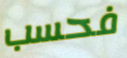
فحسب